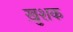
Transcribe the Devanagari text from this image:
ख़ुशक